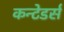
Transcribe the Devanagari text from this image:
कन्टेडर्स